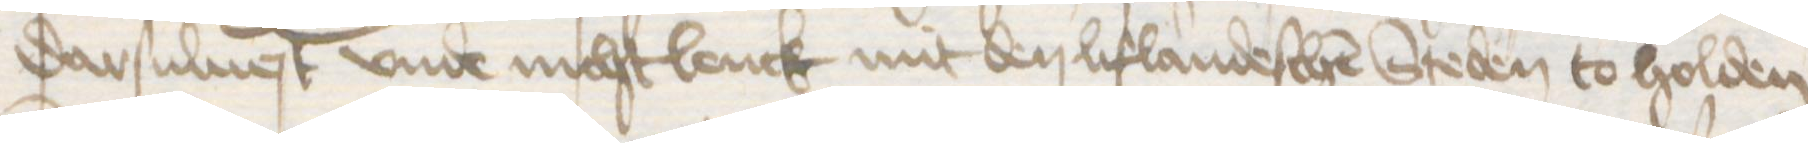
darsulnest vnde nichtlenck mit den lifandeschen Steden to holden